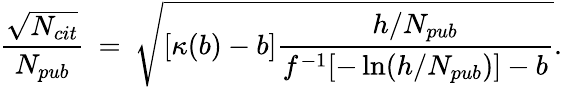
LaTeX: \frac{\sqrt{N_{cit}}}{N_{pub}}\: =\: \sqrt{[\kappa(b)-b]\frac{h/N_{pub}}{f^{-1}[-\ln(h/N_{pub})]-b}}.